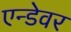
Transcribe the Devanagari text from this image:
एन्डेवर